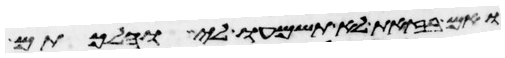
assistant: ואם בזאת לא תשמעו לי והלכתם